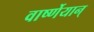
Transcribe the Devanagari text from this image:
वार्ष्णेयान्‌